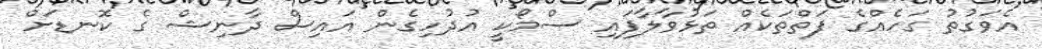
އެވަގުތު ގަހެއްގެ ފަތްތަކެއް ތަޅުވާލާފައި ސްމޯކީ އުދުހިގެން އައިސް ދާނިޝް ގެ ކޮނޑަށް